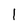
Character: 1